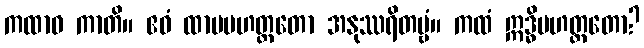
ကထာဝ ကာတိ။ ဧဝံ ထာမမဟတ္တတော အနုဿရိတဗ္ဗံ။ ကထံ ဣဒ္ဓိမဟတ္တတော?